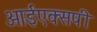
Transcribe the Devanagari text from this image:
आईएक्सपी